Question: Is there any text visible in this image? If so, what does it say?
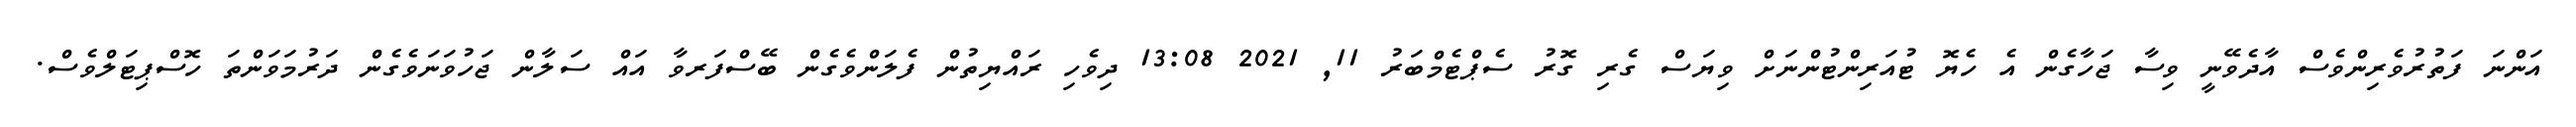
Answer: އަންނަ ފަތުރުވެރިންވެސް އާދެވޭނީ ވިސާ ޖަހާގެން އެ ހެޔޮ ޓުއަރިންޓުންނަށް ވިޔަސް ގެރި ގޮރު ސެޕްޓެމްބަރު 11, 2021 13:08 ދިވެހި ރައްޔިތުން ފެލަންވެގެން ބޭސްފަރވާ އައް ސަލާން ޖަހުވަނަވެގެން ދަރުމަވަންތަ ހޮސްޕިޓަލްވެސް.